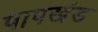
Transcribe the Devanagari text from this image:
पापखंड